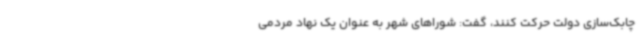
چابک‌سازی دولت حرکت کنند، گفت: شوراهای شهر به عنوان یک نهاد مردمی